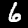
Digit: 6